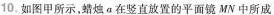
10.如图甲所示，蜡烛a在竖直放置的平面镜MN中所成